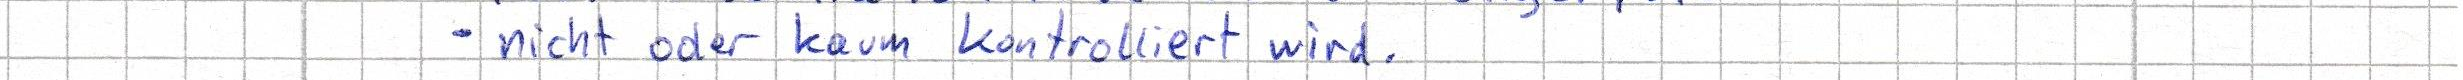
- nicht oder kaum kontrolliert wird.